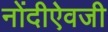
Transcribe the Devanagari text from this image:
नोंदीऐवजी